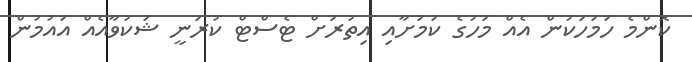
ކޮންމެ ހަމަހަކުން އެއް މަހުގެ ކަމަށާއި އިތުރަށް ޓެސްޓް ކުރަނީ ޝަކުވާއެއް އައުމުން